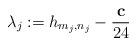
LaTeX: \begin{align*}\lambda_j:=h_{m_j,n_j}-\frac{\mathbf{c}}{24}\end{align*}